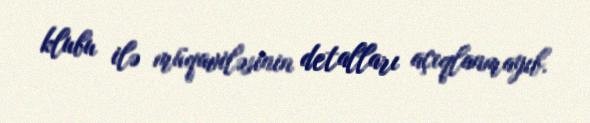
klubu ilə müqaviləsinin detalları açıqlanmayıb.